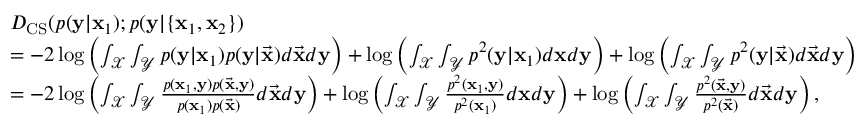
\begin{array} { r l } & { D _ { \mathrm { C S } } ( p ( \mathbf { y } | \mathbf { x } _ { 1 } ) ; p ( \mathbf { y } | \{ \mathbf { x } _ { 1 } , \mathbf { x } _ { 2 } \} ) } \\ & { = - 2 \log \left( \int _ { \mathcal { X } } \int _ { \mathcal { Y } } p ( \mathbf { y } | \mathbf { x } _ { 1 } ) p ( \mathbf { y } | \vec { \mathbf { x } } ) d \vec { \mathbf { x } } d \mathbf { y } \right) + \log \left( \int _ { \mathcal { X } } \int _ { \mathcal { Y } } p ^ { 2 } ( \mathbf { y } | \mathbf { x } _ { 1 } ) d \mathbf { x } d \mathbf { y } \right) + \log \left( \int _ { \mathcal { X } } \int _ { \mathcal { Y } } p ^ { 2 } ( \mathbf { y } | \vec { \mathbf { x } } ) d \vec { \mathbf { x } } d \mathbf { y } \right) } \\ & { = - 2 \log \left( \int _ { \mathcal { X } } \int _ { \mathcal { Y } } \frac { p ( \mathbf { x } _ { 1 } , \mathbf { y } ) p ( \vec { \mathbf { x } } , \mathbf { y } ) } { p ( \mathbf { x } _ { 1 } ) p ( \vec { \mathbf { x } } ) } d \vec { \mathbf { x } } d \mathbf { y } \right) + \log \left( \int _ { \mathcal { X } } \int _ { \mathcal { Y } } \frac { p ^ { 2 } ( \mathbf { x } _ { 1 } , \mathbf { y } ) } { p ^ { 2 } ( \mathbf { x } _ { 1 } ) } d \mathbf { x } d \mathbf { y } \right) + \log \left( \int _ { \mathcal { X } } \int _ { \mathcal { Y } } \frac { p ^ { 2 } ( \vec { \mathbf { x } } , \mathbf { y } ) } { p ^ { 2 } ( \vec { \mathbf { x } } ) } d \vec { \mathbf { x } } d \mathbf { y } \right) , } \end{array}